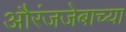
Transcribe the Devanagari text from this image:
औरंजजेबाच्या